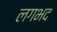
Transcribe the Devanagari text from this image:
लगभद